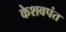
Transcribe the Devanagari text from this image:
केशवपंत